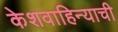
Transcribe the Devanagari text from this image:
केशवाहिन्याची